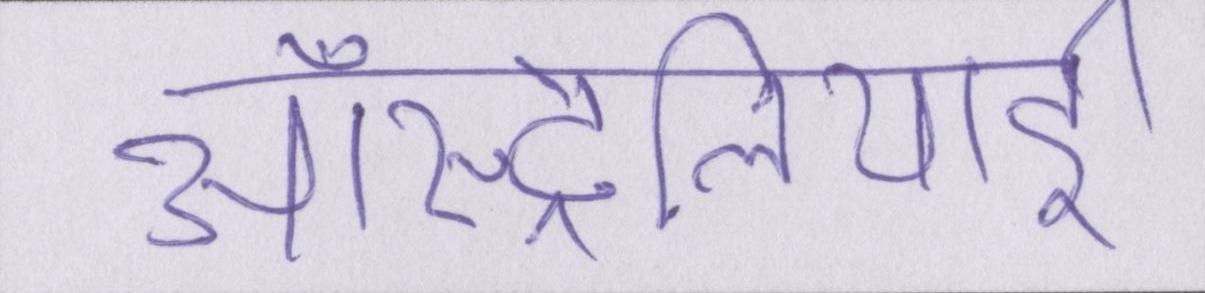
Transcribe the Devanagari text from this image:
ऑस्ट्रेलियाई